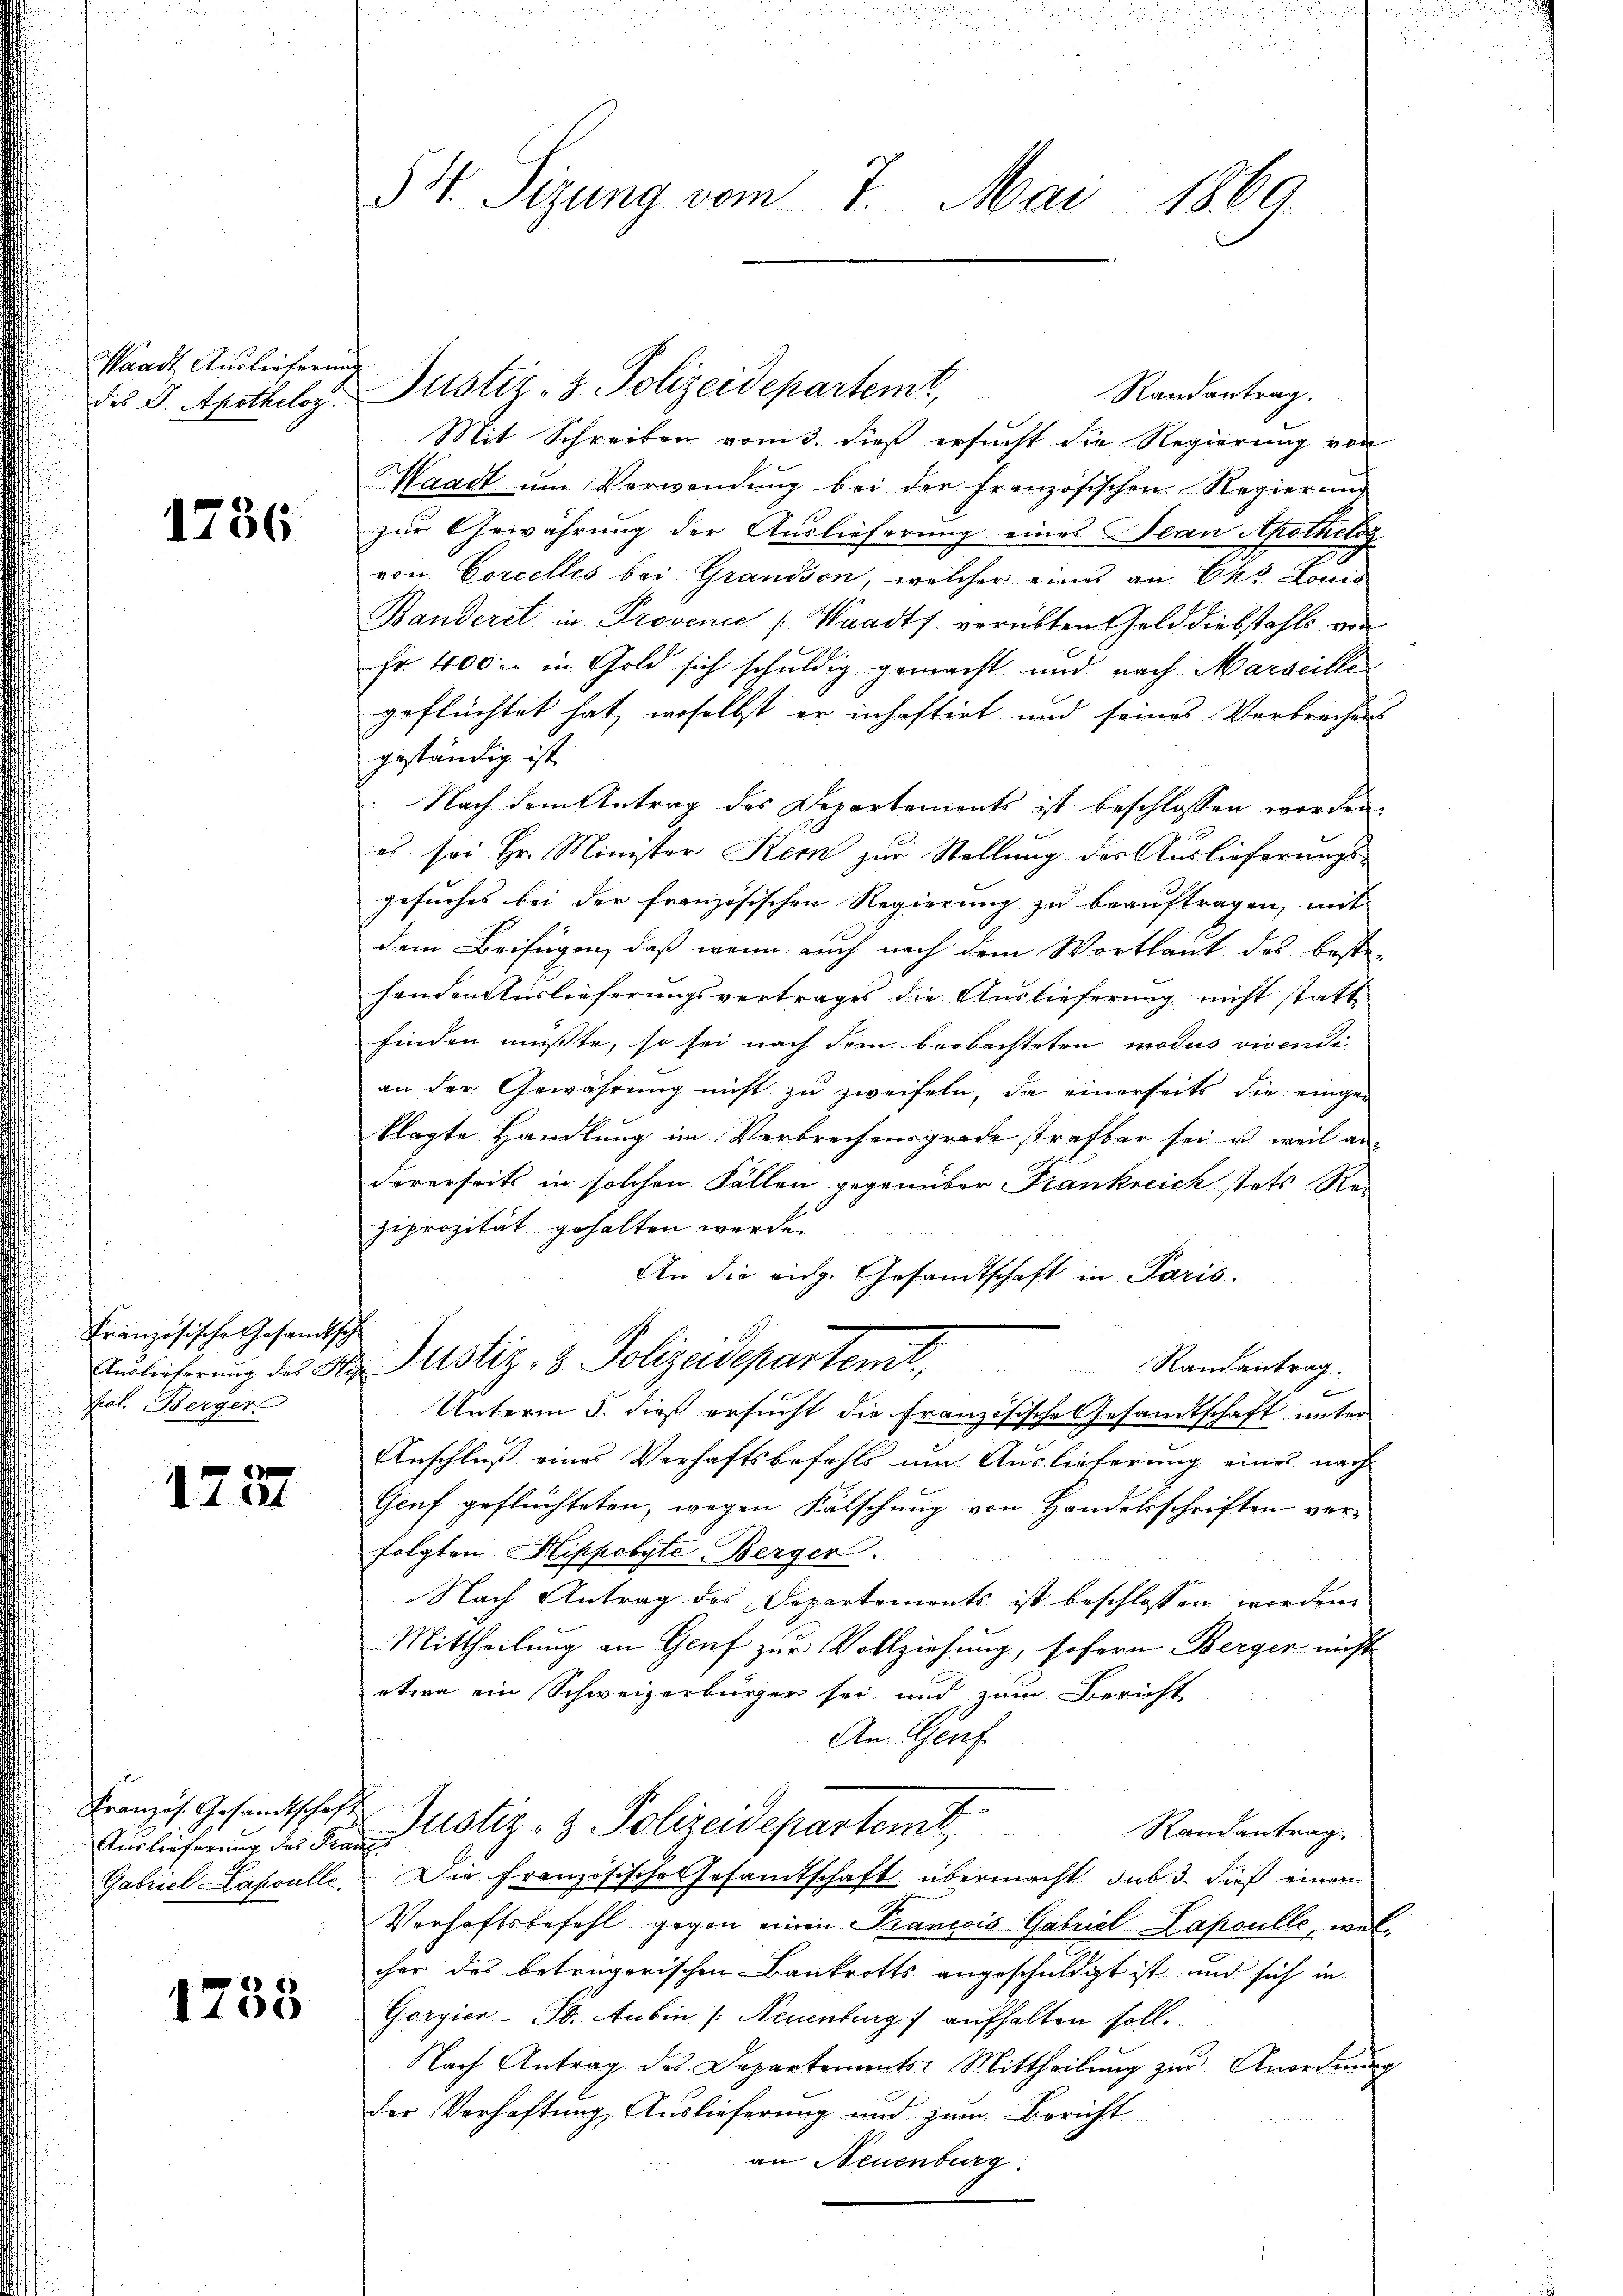
Waadt Auslieferung
des P. Apotheloy.

1736

Französische Gesandtsch
pat. Berger

1
1201

Vorlieferung des Franz
Gabriel Lapsalle

1733

54. Sizung vom 7. Mai 1869.

Randantrag.
Mit Schreiben vom 3. dieß ersucht die Regierung von
Waadt um Verwendung bei der französischen Regierung
zur Gewährung der Auslieferung eines Jean Apothelg
von Corcelles bei Grandson, welcher eines an Chr. Louis
Banderet in Provence (Waadt verübten Gelddiebstahls von
fr. 400. in Gold sich schuldig gemacht und nach Marseille
geflüchtet hat, woselbst er inhaftirt und seines Verbrechens
geständig ist.
Nach dem Antrag des Departements ist beschlossen worden
es. sei Hr. Minister Stern zur Stellung der Auslieferungsgesuches bei der französischen Regierung zu beauftragen, mit
dem Beifügen, daß wenn auch nach dem Wortlaut des beste-
henden Auslieferungsvertrages die Auslieferung nicht statt
finden mußte, so sei nach dem beobachteten modus vivendi
an der Gewährung nicht zu zweifeln, da einerseits die einge-
klagte Handlung im Verbrechensgrade strafbar sei, u weil an-
dererseits in solchen Fällen gegenüber Frankreich stets Reziprozität gehalten werden.
An die eidg. Gesandtschaft in Paris.
Randantrag.
Auslieferung des Hr. Justiz- & Polizeidepartemt.
e
Unterm 5. dieß ersucht die Französische Gesandtschaft unter
Anschluß eines Verhaftsbefehls um Auslieferung eines nach
Genf geflüchteten, wegen Fälschung von Handelsschriften verfolgten Mippolyte Berger.
Nach Antrag des Departements ist beschlossen worden.
Mittheilung an Genf zur Vollziehung, sofern Berger nicht
etwa ein Schweizerbürger sei und zum Bericht
An Genf
Franzis Gesandtschaft Zustiz- & Polizeidepartemt
Randantrag.
Die Französisches Gesamtschaft übermacht sub 3. dieß einen
Verhaftsbefehl gegen einen Trancois Gabriel Lapoulle, welcher das betrügerischen Bankrotts angeschuldigt ist und sich in
Gorgier-St. Anbin /: Neuenburg aufhalten soll.
Nach Antrag des Departements: Mittheilŭng zŭr Anordnung
der Verhaftung Auslieferung und zum Bericht
an Neuenburg

Justiz- & Polizeidepartemt,